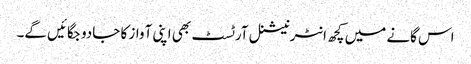
اس گانے میں کچھ انٹرنیشنل آرٹسٹ بھی اپنی آواز کا جادو جگائیں گے۔